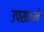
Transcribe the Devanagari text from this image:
उपसाधने